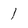
Character: 1